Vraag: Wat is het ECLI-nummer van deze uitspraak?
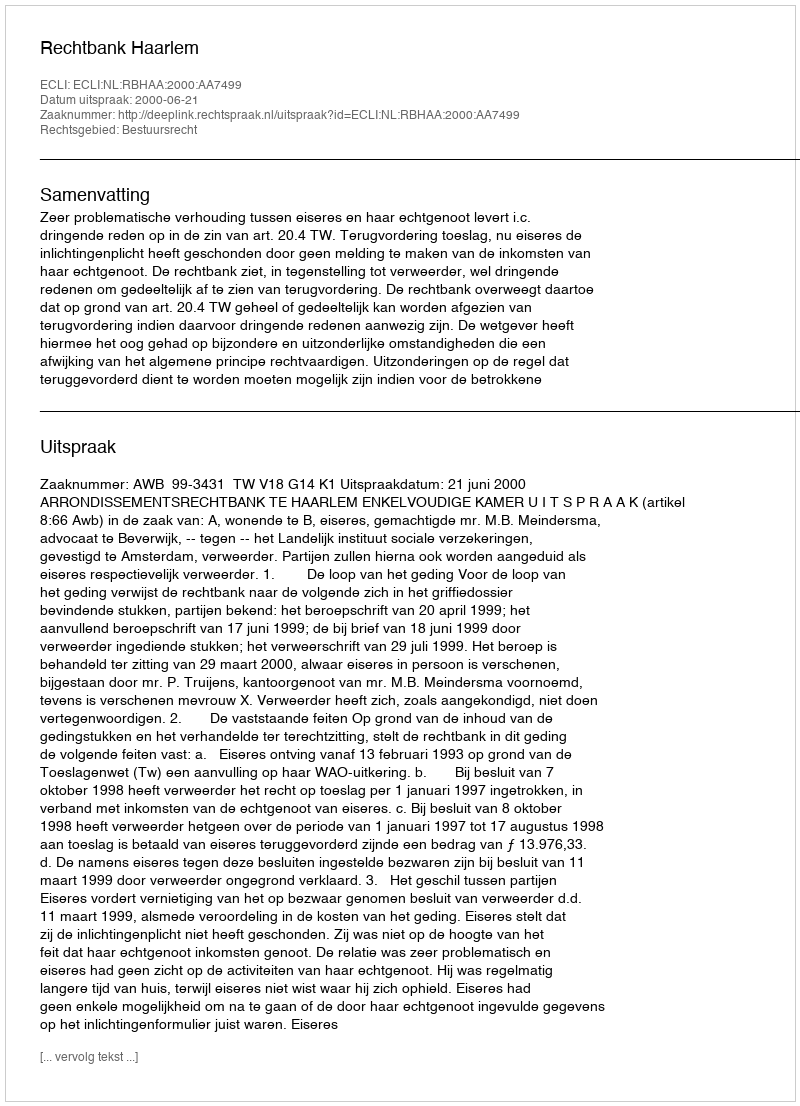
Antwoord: ECLI:NL:RBHAA:2000:AA7499